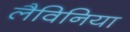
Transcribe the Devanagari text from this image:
लैविनिया